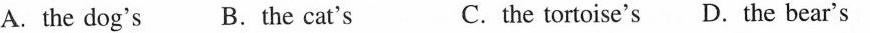
A. the dog's B. the cat's C. the tortoise's D. the bear's